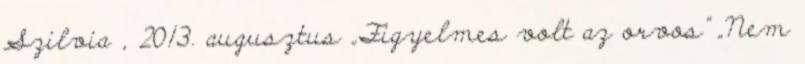
Szilvia , 2013. augusztus „Figyelmes volt az orvos” „Nem